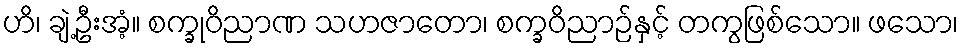
ဟိ၊ ချဲ့ဦးအံ့။ စက္ခုဝိညာဏ သဟဇာတော၊ စက္ခဝိညာဉ်နှင့် တကွဖြစ်သော။ ဖသော၊